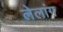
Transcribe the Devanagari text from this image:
लेलांग